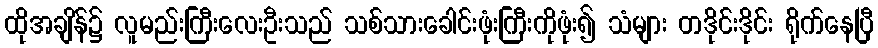
ထိုအချိန်၌ လူမည်းကြီးလေးဦးသည် သစ်သားခေါင်းဖုံးကြီးကိုဖုံး၍ သံများ တဒိုင်းဒိုင်း ရိုက်နေပြီ